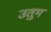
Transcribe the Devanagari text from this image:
उतुम